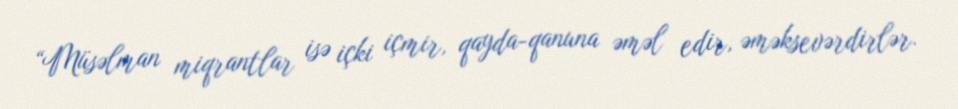
“Müsəlman miqrantlar isə içki içmir, qayda-qanuna əməl edir, əməksevərdirlər.